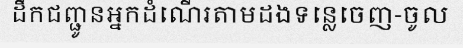
ដឹកជញ្ជូនអ្នកដំណើរតាមដងទន្លេចេញ-ចូល